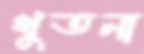
খুতনা